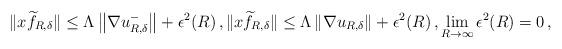
LaTeX: \begin{align*} \|x\widetilde f_{R,\delta}\|\leq\Lambda\left\|\nabla u_{R,\delta}^-\right\|+\epsilon^2(R) \,, \|x\widetilde f_{R,\delta}\|\leq\Lambda\left\|\nabla u_{R,\delta}\right\| +\epsilon^2(R) \,, \lim_{R\to\infty}\epsilon^2(R)=0 \,,\end{align*}